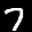
Label: 7